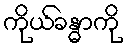
ကိုယ်ခန္ဓာကို